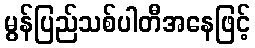
မွန်ပြည်သစ်ပါတီအနေဖြင့်